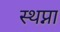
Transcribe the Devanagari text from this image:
स्थप्ना